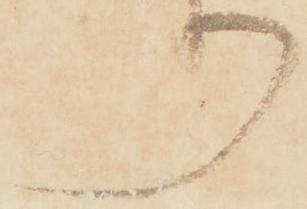
り